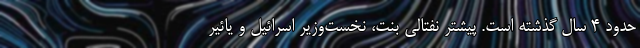
حدود ۴ سال گذشته است. پیشتر نفتالی بنت، نخست‌وزیر اسرائیل و یائیر